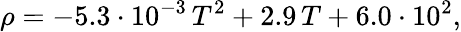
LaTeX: \rho=-5.3\cdot 10^{-3}\, T^{2}+2.9\, T+6.0\cdot 10^{2},